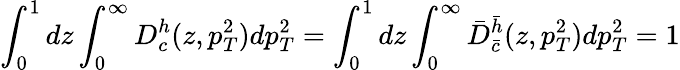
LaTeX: \int_{0}^{1}dz\int_{0}^{\infty}D_{c}^{h}(z,p_{T}^{2})dp_{T}^{2}=\int_{0}^{1}dz\int_{0}^{\infty}\bar{D}_{\bar{c}}^{\bar{h}}(z,p_{T}^{2})dp_{T}^{2}=1